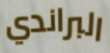
البراندي